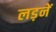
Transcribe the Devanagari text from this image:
लड़नें